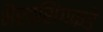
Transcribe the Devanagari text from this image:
भैरवसिंगकडे